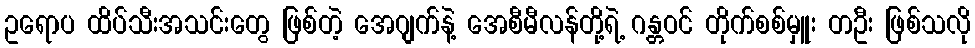
ဥရောပ ထိပ်သီးအသင်းတွေ ဖြစ်တဲ့ အေဂျက်နဲ့ အေစီမီလန်တို့ရဲ့ ဂန္တဝင် တိုက်စစ်မှူး တဦး ဖြစ်သလို